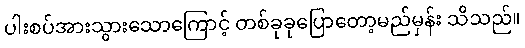
ပါးစပ်အားသွားသောကြောင့် တစ်ခုခုပြောတော့မည်မှန်း သိသည်။